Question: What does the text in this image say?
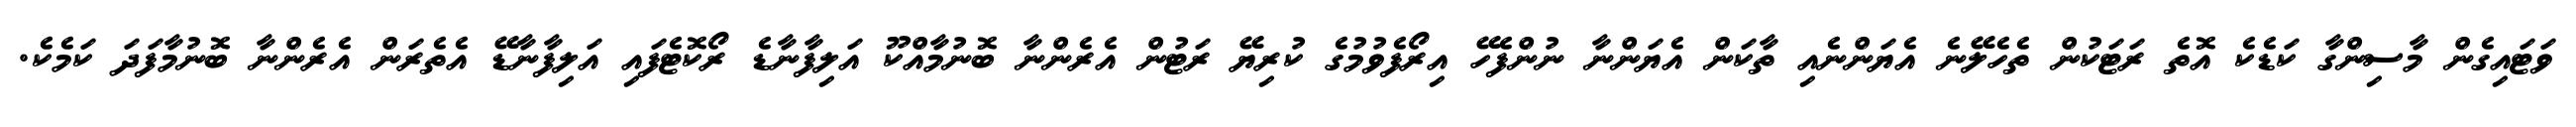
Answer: ވަޓައިގެން މާސިންގާ ކަޑެކެ އޮތެ ރަޓަކުން ތެހެލޭނެ އެޔަންނެއި ތާކަން އެޔަންނާ ނުންފެހޭ އިރޯފެވުމުގެ ކުރިޔޭ ރަޓުން އެރެންނާ ބޮނުމާއްކޫ އަލިފާނާޑެ ރޯކޮޓެފައި އަލިފާނާޑޭ އެތެރަން އެރެންނާ ބޮނުމާފަދަ ކަމެކެ.